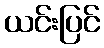
ယင်းပြင်